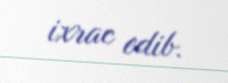
ixrac edib.